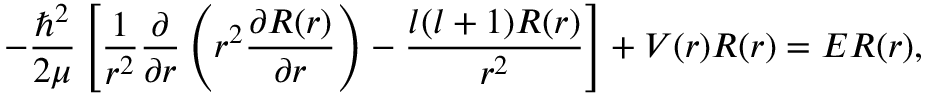
- { \frac { \hbar ^ { 2 } } { 2 \mu } } \left[ { \frac { 1 } { r ^ { 2 } } } { \frac { \partial } { \partial r } } \left( r ^ { 2 } { \frac { \partial R ( r ) } { \partial r } } \right) - { \frac { l ( l + 1 ) R ( r ) } { r ^ { 2 } } } \right] + V ( r ) R ( r ) = E R ( r ) ,